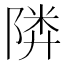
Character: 𱀨